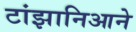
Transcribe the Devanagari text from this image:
टांझानिआने